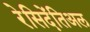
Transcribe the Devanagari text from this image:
रेसिदेंतिअल